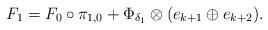
LaTeX: \begin{align*} F_1 = F_0\circ \pi_{1,0} + \Phi_{\delta_1}\otimes(e_{k+1}\oplus e_{k+2}).\end{align*}